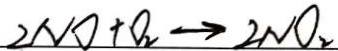
2 N O + O _ { 2 } \rightarrow 2 N O _ { 2 }